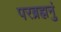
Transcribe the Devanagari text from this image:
परब्रह्मनुं